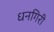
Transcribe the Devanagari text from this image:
धनगिरी